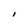
Character: 1